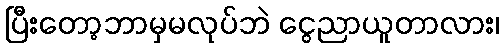
ပြီးတော့ဘာမှမလုပ်ဘဲ ငွေညာယူတာလား၊